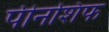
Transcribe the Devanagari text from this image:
पीनशिफ